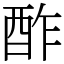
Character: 酢